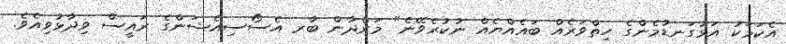
އެކަމަކު އަޅުގަނޑުމެންގެ ހިތްވަރެއް ބައެއްޔެއް ނުކުރެވޭނެ" މަރްދާން ބާރ އެސޯސިއެޝަންގެ ރައީސް ވިދާޅުވިއެވެ.